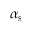
\alpha _ { s }